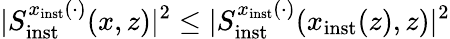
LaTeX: \vert S_{\mathrm{inst}}^{x_{\mathrm{inst}}(\cdot)}(x,z)\vert^{2}\le\vert S_{\mathrm{inst}}^{x_{\mathrm{inst}}(\cdot)}(x_{\mathrm{inst}}(z),z)\vert^{2}